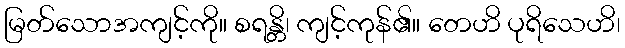
မြတ်သောအကျင့်ကို။ စရန္တိ၊ ကျင့်ကုန်၏။ တေဟိ ပုရိသေဟိ၊